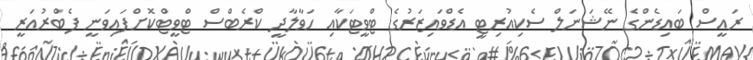
ރައީސް ބައިޑެންގެ ނޭޝަނަލް ސެކިއުރިޓީ އެޑްވައިޒަރުގެ ޓްވީޓަކާއި ހަވާލާދީ ކްރެބްސް ޓްވީޓްކޮށްފައިވަނީ ފެބްރުއަރީ